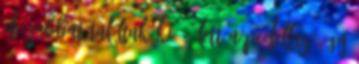
de jobbat találtak ki, ő lett a pedellus. Így